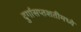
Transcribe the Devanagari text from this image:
दुर्गासप्तशतीमध्ये